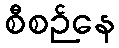
စီစဉ်နေ